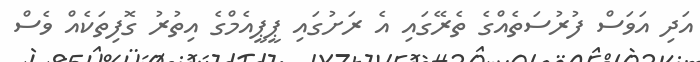
އަދި އަވަސް ފުރުސަތެއްގެ ތެރޭގައި އެ ރަށުގައި ޕީޕީއެމްގެ އިތުރު ގޮފިތަކެއް ވެސް